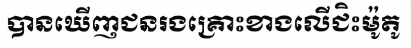
បានឃើញជនរងគ្រោះខាងលើជិះម៉ូតូ